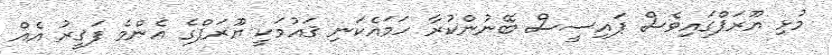
މުޅި ޔޫރަޕްގައިވެސް ޕައިސީސް ބޭނުންކުރާ ހަމައެކަނި ޤައުމަކީ ޔޫރަޕްގެ އެންމެ ފަޤީރު އެއް